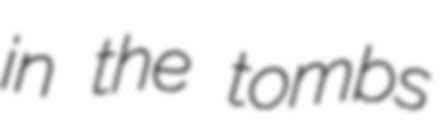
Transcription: in the tombs